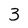
Character: 3